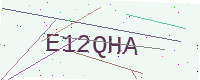
Text: E12QHA